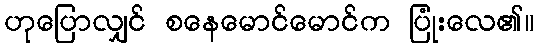
ဟုပြောလျှင် စနေမောင်မောင်က ပြုံးလေ၏။